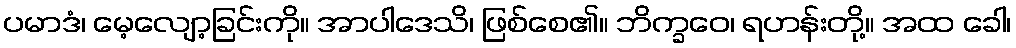
ပမာဒံ၊ မေ့လျော့ခြင်းကို။ အာပါဒေသိ၊ ဖြစ်စေ၏။ ဘိက္ခဝေ၊ ရဟန်းတို့။ အထ ခေါ၊